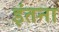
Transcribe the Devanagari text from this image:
इंतना